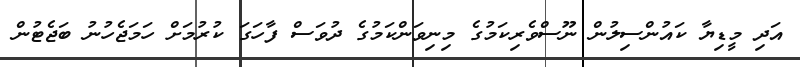
އަދި މީޑިޔާ ކައުންސިލުން ނޫސްވެރިކަމުގެ މިނިވަންކަމުގެ ދުވަސް ފާހަގަ ކުރުމަށް ހަމަޖެހުނު ބަޖެޓުން